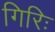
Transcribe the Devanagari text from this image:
गिरिः